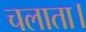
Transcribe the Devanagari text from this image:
चलाता।